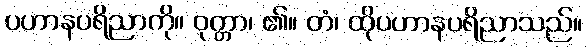
ပဟာနပရိညာကို။ ဝုတ္တာ၊ ၏။ တံ၊ ထိုပဟာနပရိညာသည်။